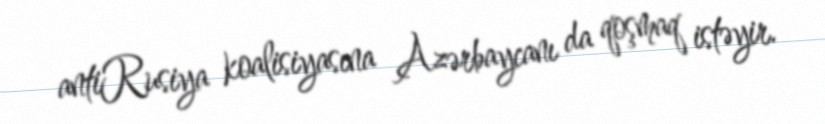
antiRusiya koalisiyasına Azərbaycanı da qoşmaq istəyir.